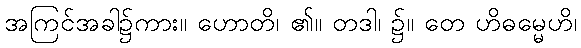
အကြင်အခါ၌ကား။ ဟောတိ၊ ၏။ တဒါ၊ ၌။ တေ ဟိဓမ္မေဟိ၊